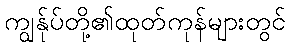
ကျွန်ုပ်တို့၏ထုတ်ကုန်များတွင်